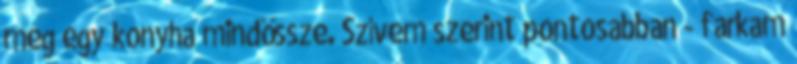
meg egy konyha mindössze. Szívem szerint pontosabban - farkam